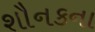
શૌનકના